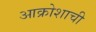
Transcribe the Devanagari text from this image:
आक्रोशाची